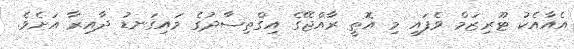
އެއާއެކު ޓޫރިޒަމް ވެފައި މި އޮތީ ރާއްޖޭގެ އިގްތިސާދުގެ މައިގަނޑު ދާއިރާ އަށެވެ.